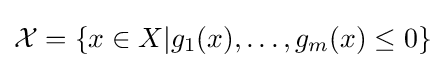
{\mathcal {X}}=\left\{x\in X\vert g_{1}(x),\ldots ,g_{m}(x)\leq 0\right\}